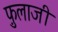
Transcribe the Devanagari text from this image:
फ़ुलाजी